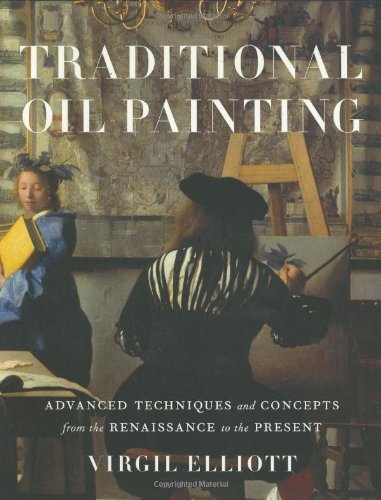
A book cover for Traditional Oil Painting: Advanced Techniques and Concepts from the Renaissance to the Present; Virgil Elliott; Arts & Photography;